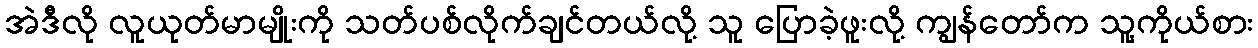
အဲဒီလို လူယုတ်မာမျိုးကို သတ်ပစ်လိုက်ချင်တယ်လို့ သူ ပြောခဲ့ဖူးလို့ ကျွန်တော်က သူ့ကိုယ်စား